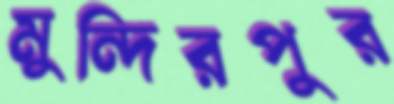
মুন্দিরপুর